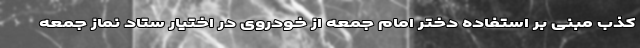
کذب مبنی بر استفاده دختر امام جمعه از خودروی در اختیار ستاد نماز جمعه